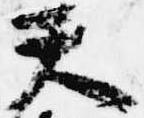
天